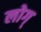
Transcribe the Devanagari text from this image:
लोग्